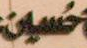
حسين